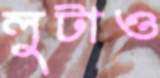
লুটাও